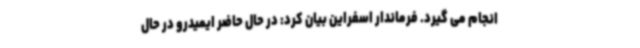
انجام می گیرد. فرماندار اسفراین بیان کرد: در حال حاضر ایمیدرو در حال